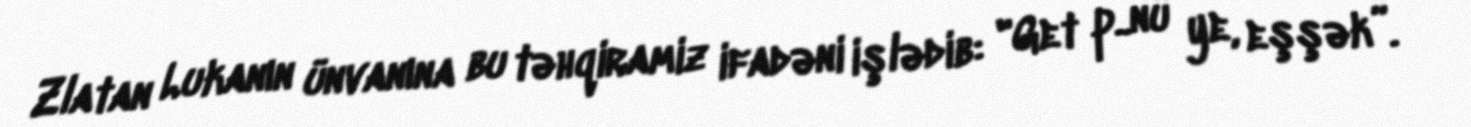
Zlatan Lukanın ünvanına bu təhqiramiz ifadəni işlədib: "Get p..nu ye, eşşək”.